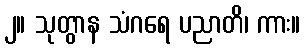
၂။ သုတွာန သံဂရေ ပညာတိ၊ ကား။